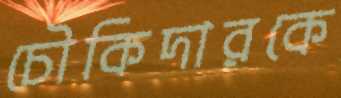
চৌকিদারকে